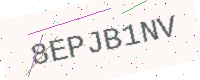
Text: 8EPJB1NV